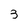
Character: 3